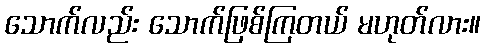
သောက်လည်း သောက်ဖြစ်ကြတယ် မဟုတ်လား။